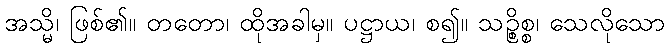
အသ္မိ၊ ဖြစ်၏။ တတော၊ ထိုအခါမှ။ ပဋ္ဌာယ၊ စ၍။ သဉ္စိစ္စ၊ သေလိုသော